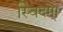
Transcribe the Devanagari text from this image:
स्विदम्।